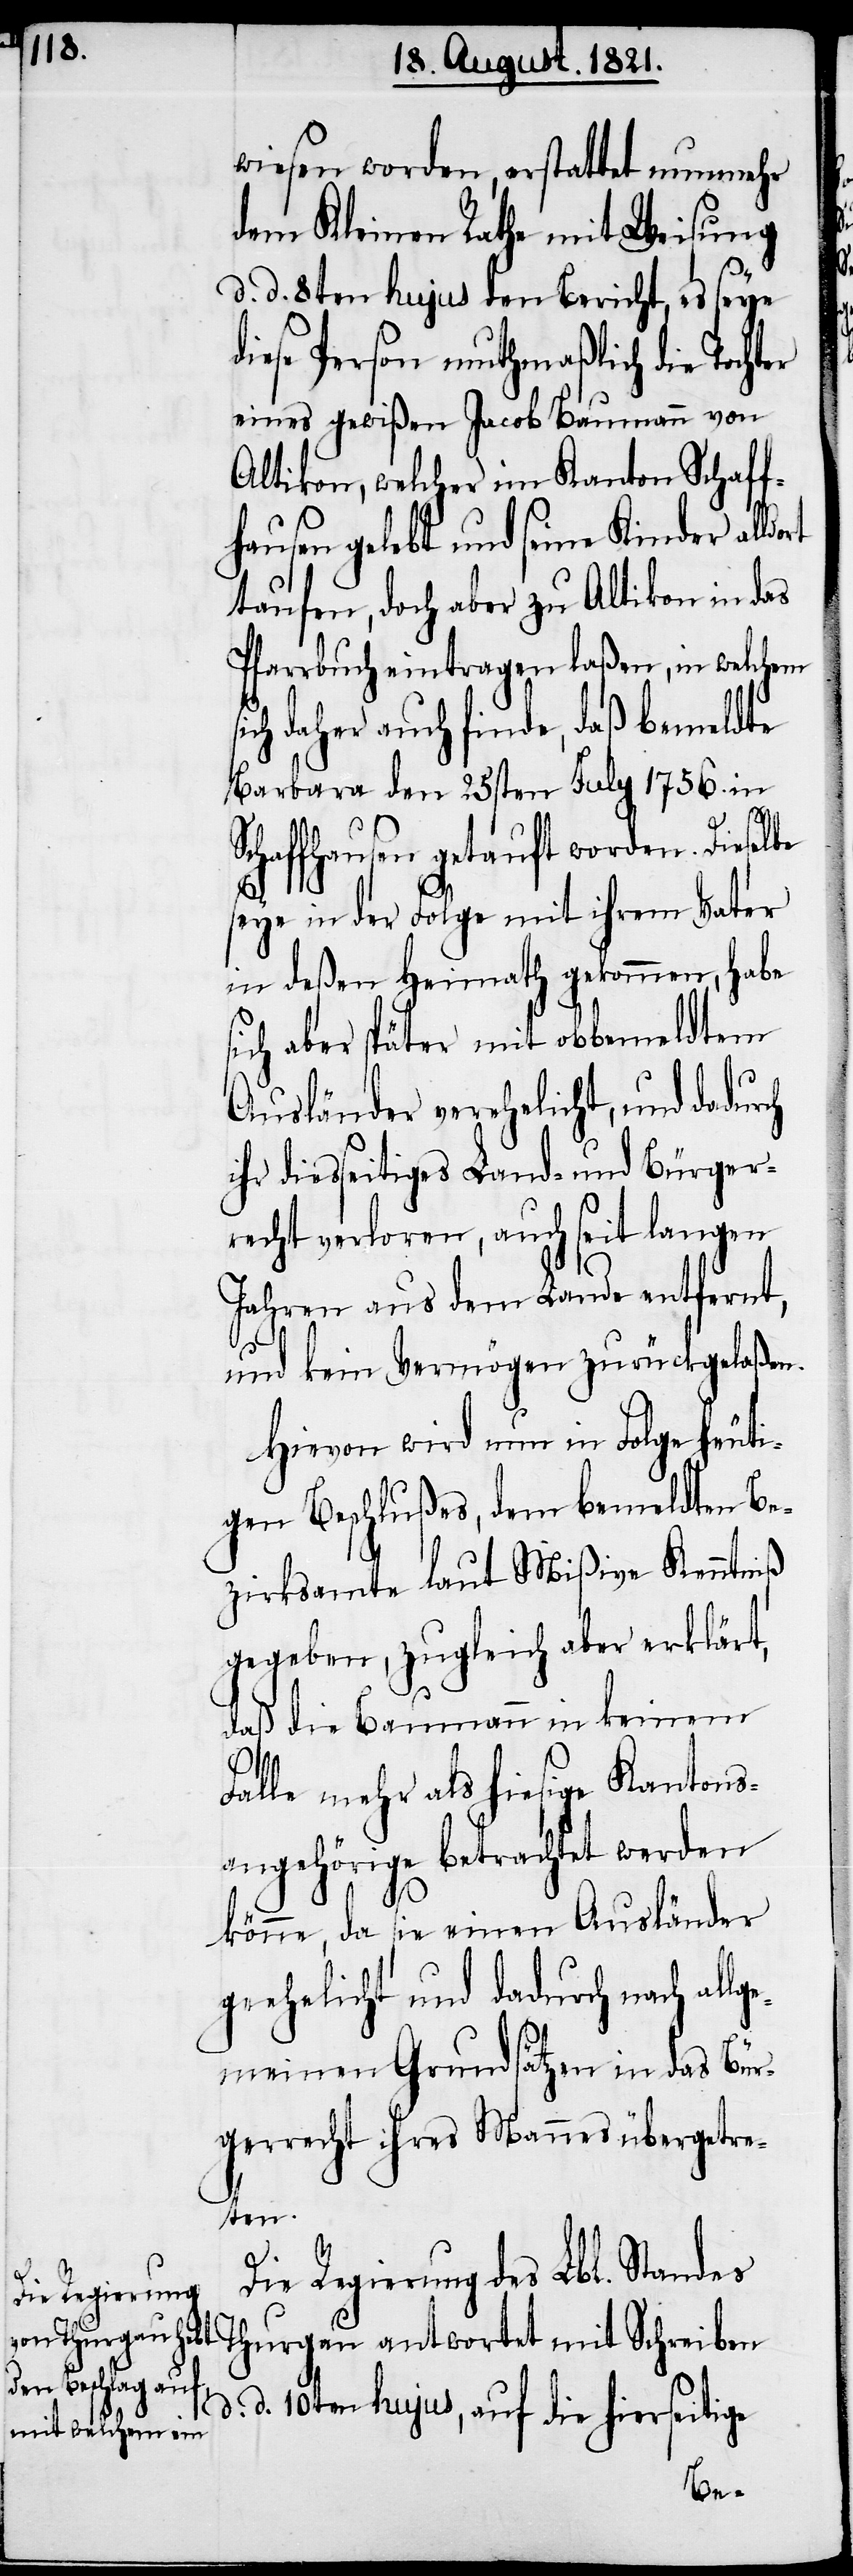
wiesen worden, erstattet nunmehr
dem Kleinen Rathe mit Weisung
d. d. 8ten hujus den Bericht, es seye
diese Person muthmaßlich die Tochter
eines gewißen Jacob Baumann von
Altikon, welcher im Kanton Schaff¬
hausen gelebt und seine Kinder alld¬
taufen, doch aber zu Altikon in das
Pfarrbuch eintragen laßen, in welchem
ch daher auch finde, daß bemeldte
Barbara den 25sten July 1756. in
Schaffhausen getauft worden. Dieselbe
seye in der Folge mit ihrem Vater
in deßen Heimath gekommen, habe
sich aber später mit obbemeldtem
Ausländer verehelicht, und dadurch
ihr diesseitiges Land- und Bürger¬
recht verloren, auch seit langen
Jahren aus dem Lande entfernt,
und kein Vermögen zurückgelaßen.
Hievon wird nun in Folge heuti¬
gen Beschlußes, dem bemeldten Be¬
zirksamte laut Mißiven Kenntniß
gegeben, zugleich aber erklärt,
daß die Baumann in keinem
si¬
Falle mehr als hiesige Kantons¬
angehörige betrachtet werden
könne, da sie einen Ausländer
geehelicht und dadurch nach all¬
gemeinen Grundsätzen in das Bür¬
gerrecht ihres Mannes übergetre¬
ten.
d.
Die Regierung des Lbl. Standes
Thurgau antwortet mit Schreiben
d. 10ten hujus, auf die hierseitige